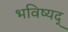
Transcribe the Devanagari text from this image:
भविष्यद्